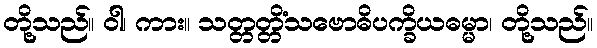
တို့သည်။ ဝါ၊ ကား။ သတ္တတ္တိံသဗောဓိပက္ခိယဓမ္မာ၊ တို့သည်။